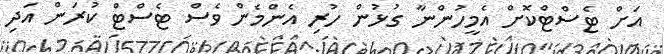
އަށް ޓެސްޓްކޮށް އެމީހުންނާ ގުޅުން ހުރި އެންމެން ވެސް ޓެސްޓް ކުރަން އަދި